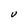
Character: V